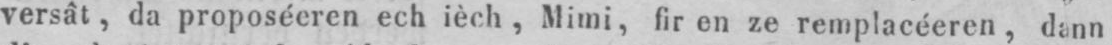
versât, da proposéeren ech ièch, Mimi, fir en ze remplacéeren, dann